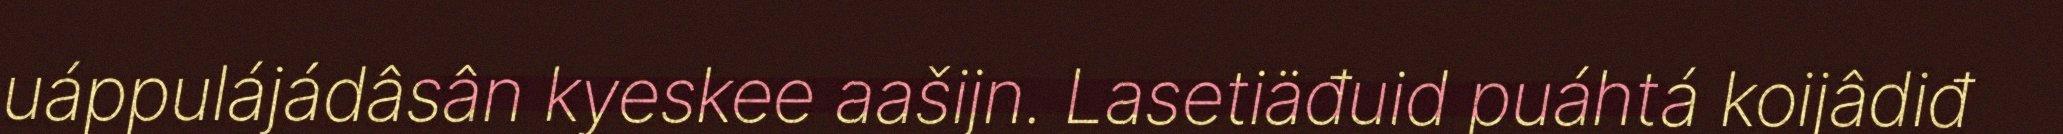
uáppulájádâsân kyeskee aašijn. Lasetiäđuid puáhtá koijâdiđ